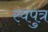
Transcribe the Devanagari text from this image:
स्वपुत्र